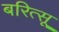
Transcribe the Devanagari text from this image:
बरित्सू